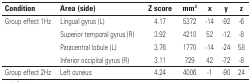
| Condition | Area (side) | Z score | mm3 | x | y | z |
 | --- | --- | --- | --- | --- | --- | --- |
 | Group effect 1Hz | Lingual gyrus (L) | 4.17 | 5372 | -14 | -92 | -6 |
 |  | Superior temporal gyrus (R) | 3.92 | 4210 | 52 | -12 | -8 |
 |  | Paracentral lobule (L) | 3.76 | 1770 | -14 | -24 | 58 |
 |  | Inferior occipital gyrus (R) | 3.11 | 729 | 42 | -72 | -8 |
 | Group effect 2Hz | Left cuneus | 4.24 | 4006 | -1 | -90 | 24 |